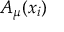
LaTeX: A _ { \mu } ( x _ { i } )